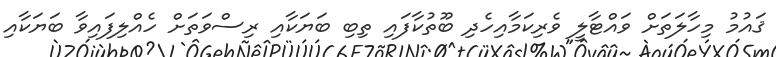
ޤައުމު މިހާލަތަށް ވަައްޓާލީ ވެރިކަމާއިހެދި ބޫތުކާފައި ތިބި ބަޔަކާއި ރިސްވަތަށް ހެއްލިފައިވާ ބަޔަކާއި